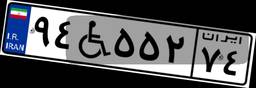
۸۹W۵۳۵۷۳